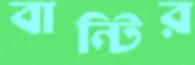
বান্টির